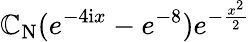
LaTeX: \mathbb{C}_{\mathrm{{N}}}(e^{-4\mathrm{{i}}x}-e^{-8})e^{-\frac{{x^{2}}}{{2}}}